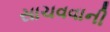
સાચવવાની